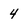
Character: 4